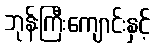
ဘုန်းကြီးကျောင်းနှင့်